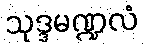
သုဒ္ဒမဏ္ဍလံ